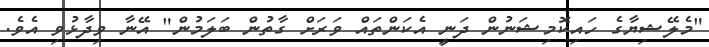
"މެލޭޝިޔާގެ ހައިކޮމިޝަނުން ދަނީ އެކަންތައް ވަރަށް ގާތުން ބަލަމުން" އޭނާ ވިދާޅުވި އެވެ.